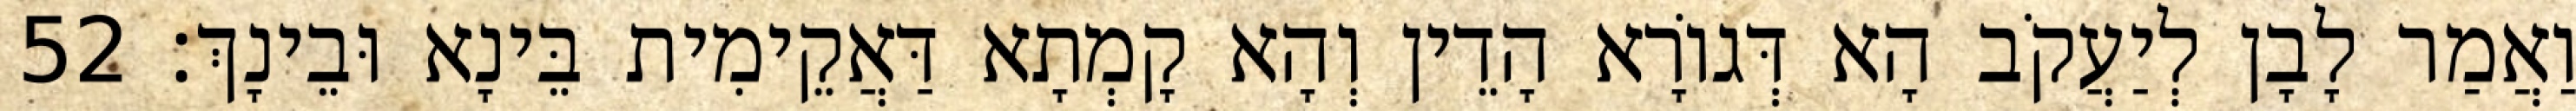
וַאֲמַר לָבָן לְיַעֲקֹב הָא דְּגוֹרָא הָדֵין וְהָא קָמְתָא דַּאֲקֵימִית בֵּינָא וּבֵינָךְ׃ 52